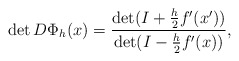
\begin{align*} \det D\Phi_h(x) = \frac{\det (I+\frac{h}{2}f'(x'))}{\det(I-\frac{h}{2}f'(x))},\end{align*}